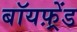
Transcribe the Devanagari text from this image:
बॉयफ़्रेंड